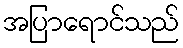
အပြာရောင်သည်